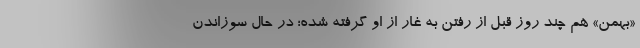
«بهمن» هم چند روز قبل از رفتن به غار از او گرفته شده؛ در حال سوزاندن